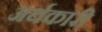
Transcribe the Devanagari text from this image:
अर्थकारी